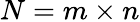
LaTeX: N=m\times n